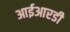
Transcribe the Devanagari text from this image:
आईआरडी